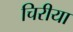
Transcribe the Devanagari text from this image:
चिरीया